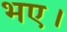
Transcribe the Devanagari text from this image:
भए।